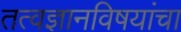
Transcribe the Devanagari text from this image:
तत्वज्ञानविषयांचा